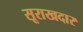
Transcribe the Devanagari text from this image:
सूराखदार